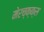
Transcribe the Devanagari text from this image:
मेरच्क्क्स